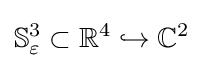
\mathbb {S} _{\varepsilon }^{3}\subset \mathbb {R} ^{4}\hookrightarrow \mathbb {C} ^{2}